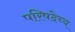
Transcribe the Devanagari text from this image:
परिषदेच्य